Annual administration report of the Civil Veterinary Department of India - 1898-1899
Year: 1898
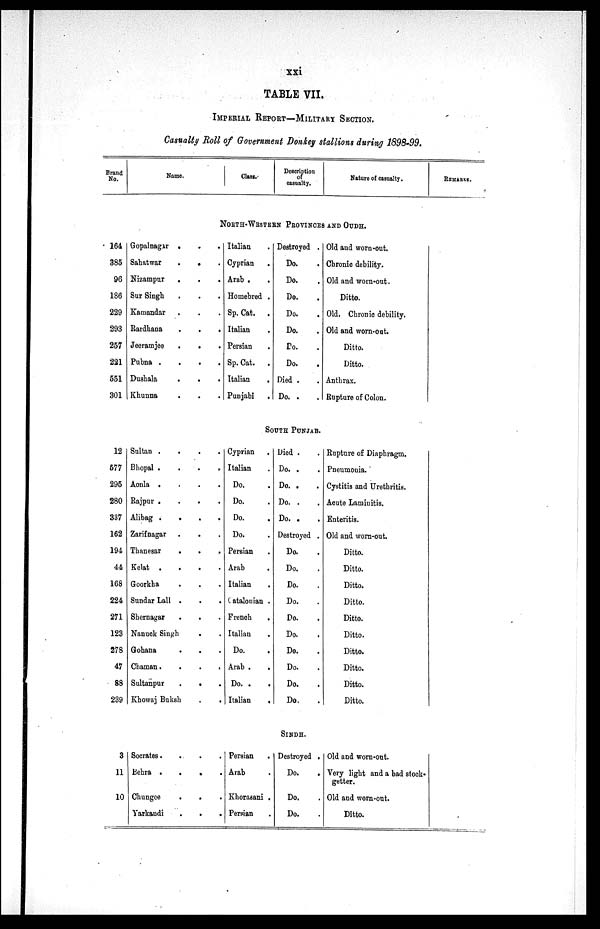
xxi
TABLE VII.
IMPERIAL REPORT—MILITARY SECTION.
Casualty Roll of Government Donkey stallions during 1898-99.
Brand
No.
Name.
Class.
Description
casualty.
Nature of casualty.
REMARKS.
NORTH-WESTERN PROVINCES AND OUDH.
164
385
96
186
229
293
257
221
551
301
Gopalnagar . . .
Sahatwar
.
. .
Nizampur
.
.
.
Sur Singh . . .
Kamandar . . .
Rardhana
.
.
.
Jeeramjee
.
. .
Pubna . . . .
Dushala
.
. .
Khunna . . .
Italian .
Cyprian .
Arab .
.
Homebred .
Sp. Cat. .
Italian .
Persian .
Sp. Cat.
.
Italian .
Punjabi .
Destroyed .
Do. .
Do. .
Do. .
Do. .
Do. .
Do. .
Do. .
Died . .
Do. . .
Old and worn-out.
Chronic debility.
Old and worn-out.
Ditto.
Old. Chronic debility.
Old and worn-out.
Ditto.
Ditto.
Anthrax.
Rupture of Colon.
SOUTH PUNJAB.
12
577
295
280
337
162
194
44
168
224
271
123
278
47
88
239
Sultan .
.
.
.
Bhopal . . . .
Aonla .
.
.
.
Rajpur .
.
.
.
Alibag . .
.
.
Zarifnagar . . .
Thanesar
. . . .
Kelat .
.
.
.
Goorkha . . .
Sundar Lall .
.
.
Shernagar . . .
Nanuck Singh . .
Gohana . . .
Chaman
.
.
.
Sultanpur
.
.
Khowaj Buksh
.
.
Cyprian .
Italian .
Do. .
Do. .
Do. .
Do. .
Persian .
Arab .
Italian .
Catalonian .
French .
Italian .
Do. .
Arab .
.
Do. . .
Italian
.
Died . .
Do. . .
Do. . .
Do. . .
Do. . .
Destroyed .
Do. .
Do. .
Do. .
Do. .
Do. .
Do. .
Do. .
Do. .
Do. .
Do. .
Rupture of Diaphragm.
Pneumonia.
Cystitis and Urethritis.
Acute Laminitis.
Enteritis.
Old and worn-out.
Ditto.
Ditto.
Ditto.
Ditto.
Ditto.
Ditto.
Ditto.
Ditto.
Ditto.
Ditto.
SINDH.
3
11
10
Socrates . . . .
Behra .
.
.
.
Chungee
.
. .
Yarkandi
.
.
.
Persian .
Arab .
Khorasani .
Persian .
Destroyed .
Do. .
Do. .
Do. .
Old and worn-out.
Very light and a bad stock-
getter.
Old and worn-out.
Ditto.